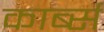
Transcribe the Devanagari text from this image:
कार्ब्स